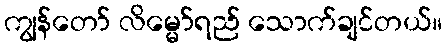
ကျွန်တော် လိမ္မော်ရည် သောက်ချင်တယ်။